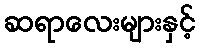
ဆရာလေးများနှင့်